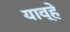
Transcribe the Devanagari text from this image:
याव्‍हे